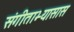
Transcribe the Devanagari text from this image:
संगीताभ्यासास